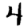
Digit: 4